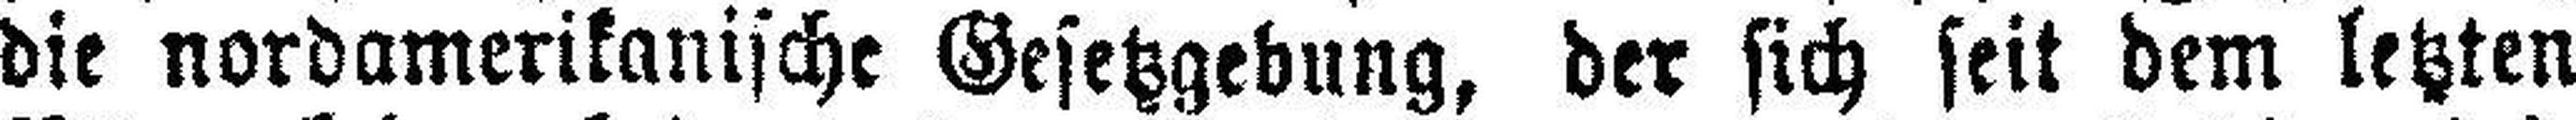
die nordamerikanische Gesetzgebung, der sich seit dem letzten